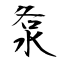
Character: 洜